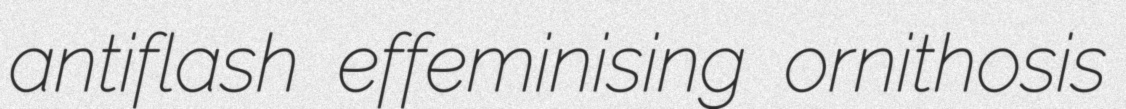
antiflash effeminising ornithosis